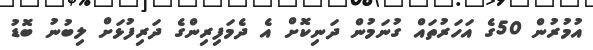
އުމުރުން 50ގެ އަހަރުތައް ގުނަމުން ދަނިކޮށް އެ ދެމަފިރިންގެ ދަރިފުޅަށް ލިބުނު ބޮޑު